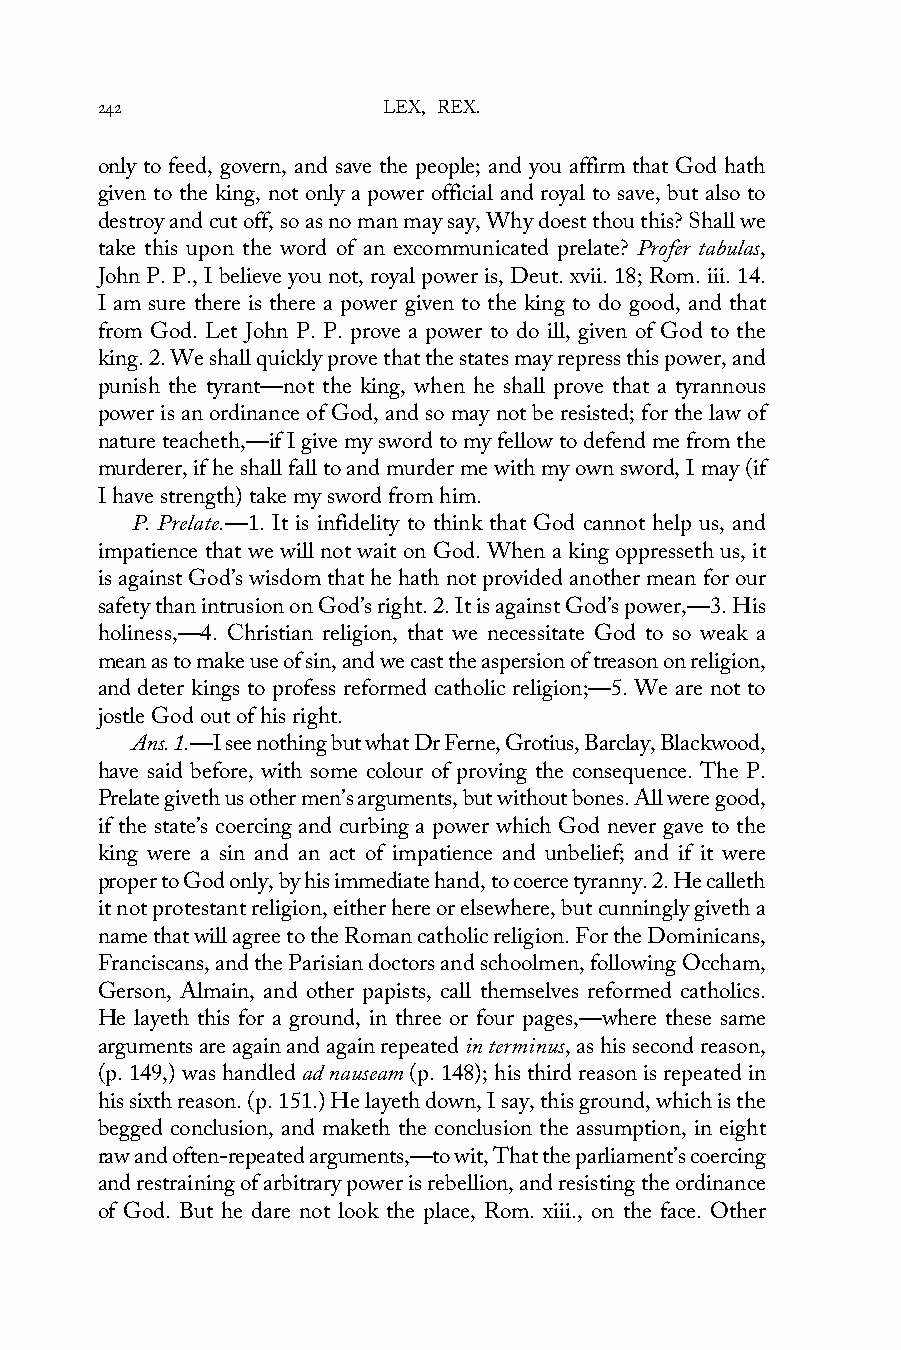
242                LEX, REX.
 only to feed, govern, and save the people; and you affirm that God hath
 given to the king, not only a power official and royal to save, but also to
 destroy and cut off, so as no man may say, Why doest thou this? Shall we
 take this upon the word of an excommunicated prelate? Profer tabulas,
 John P. P., I believe you not, royal power is, Deut. xvii. 18; Rom. iii. 14.
 I am sure there is there a power given to the king to do good, and that
 from God. Let John P. P. prove a power to do ill, given of God to the
 king. 2. We shall quickly prove that the states may repress this power, and
 punish the tyrant—not the king, when he shall prove that a tyrannous
 power is an ordinance of God, and so may not be resisted; for the law of
 nature teacheth,—if I give my sword to my fellow to defend me from the
 murderer, if he shall fall to and murder me with my own sword, I may (if
 I have strength) take my sword from him.
 P. Prelate.—1. It is infidelity to think that God cannot help us, and
 impatience that we will not wait on God. When a king oppresseth us, it
 is against God’s wisdom that he hath not provided another mean for our
 safety than intrusion on God’s right. 2. It is against God’s power,—3. His
 holiness,—4. Christian religion, that we necessitate God to so weak a
 mean as to make use of sin, and we cast the aspersion of treason on religion,
 and deter kings to profess reformed catholic religion;—5. We are not to
 jostle God out of his right.
 Ans. 1.—I see nothing but what Dr Ferne, Grotius, Barclay, Blackwood,
 have said before, with some colour of proving the consequence. The P.
 Prelate giveth us other men’s arguments, but without bones. All were good,
 if the state’s coercing and curbing a power which God never gave to the
 king were a sin and an act of impatience and unbelief; and if it were
 proper to God only, by his immediate hand, to coerce tyranny. 2. He calleth
 it not protestant religion, either here or elsewhere, but cunningly giveth a
 name that will agree to the Roman catholic religion. For the Dominicans,
 Franciscans, and the Parisian doctors and schoolmen, following Occham,
 Gerson, Almain, and other papists, call themselves reformed catholics.
 He layeth this for a ground, in three or four pages,—where these same
 arguments are again and again repeated in terminus, as his second reason,
 (p. 149,) was handled ad nauseam (p. 148); his third reason is repeated in
 his sixth reason. (p. 151.) He layeth down, I say, this ground, which is the
 begged conclusion, and maketh the conclusion the assumption, in eight
 raw and often-repeated arguments,—to wit, That the parliament’s coercing
 and restraining of arbitrary power is rebellion, and resisting the ordinance
 of God. But he dare not look the place, Rom. xiii., on the face. Other